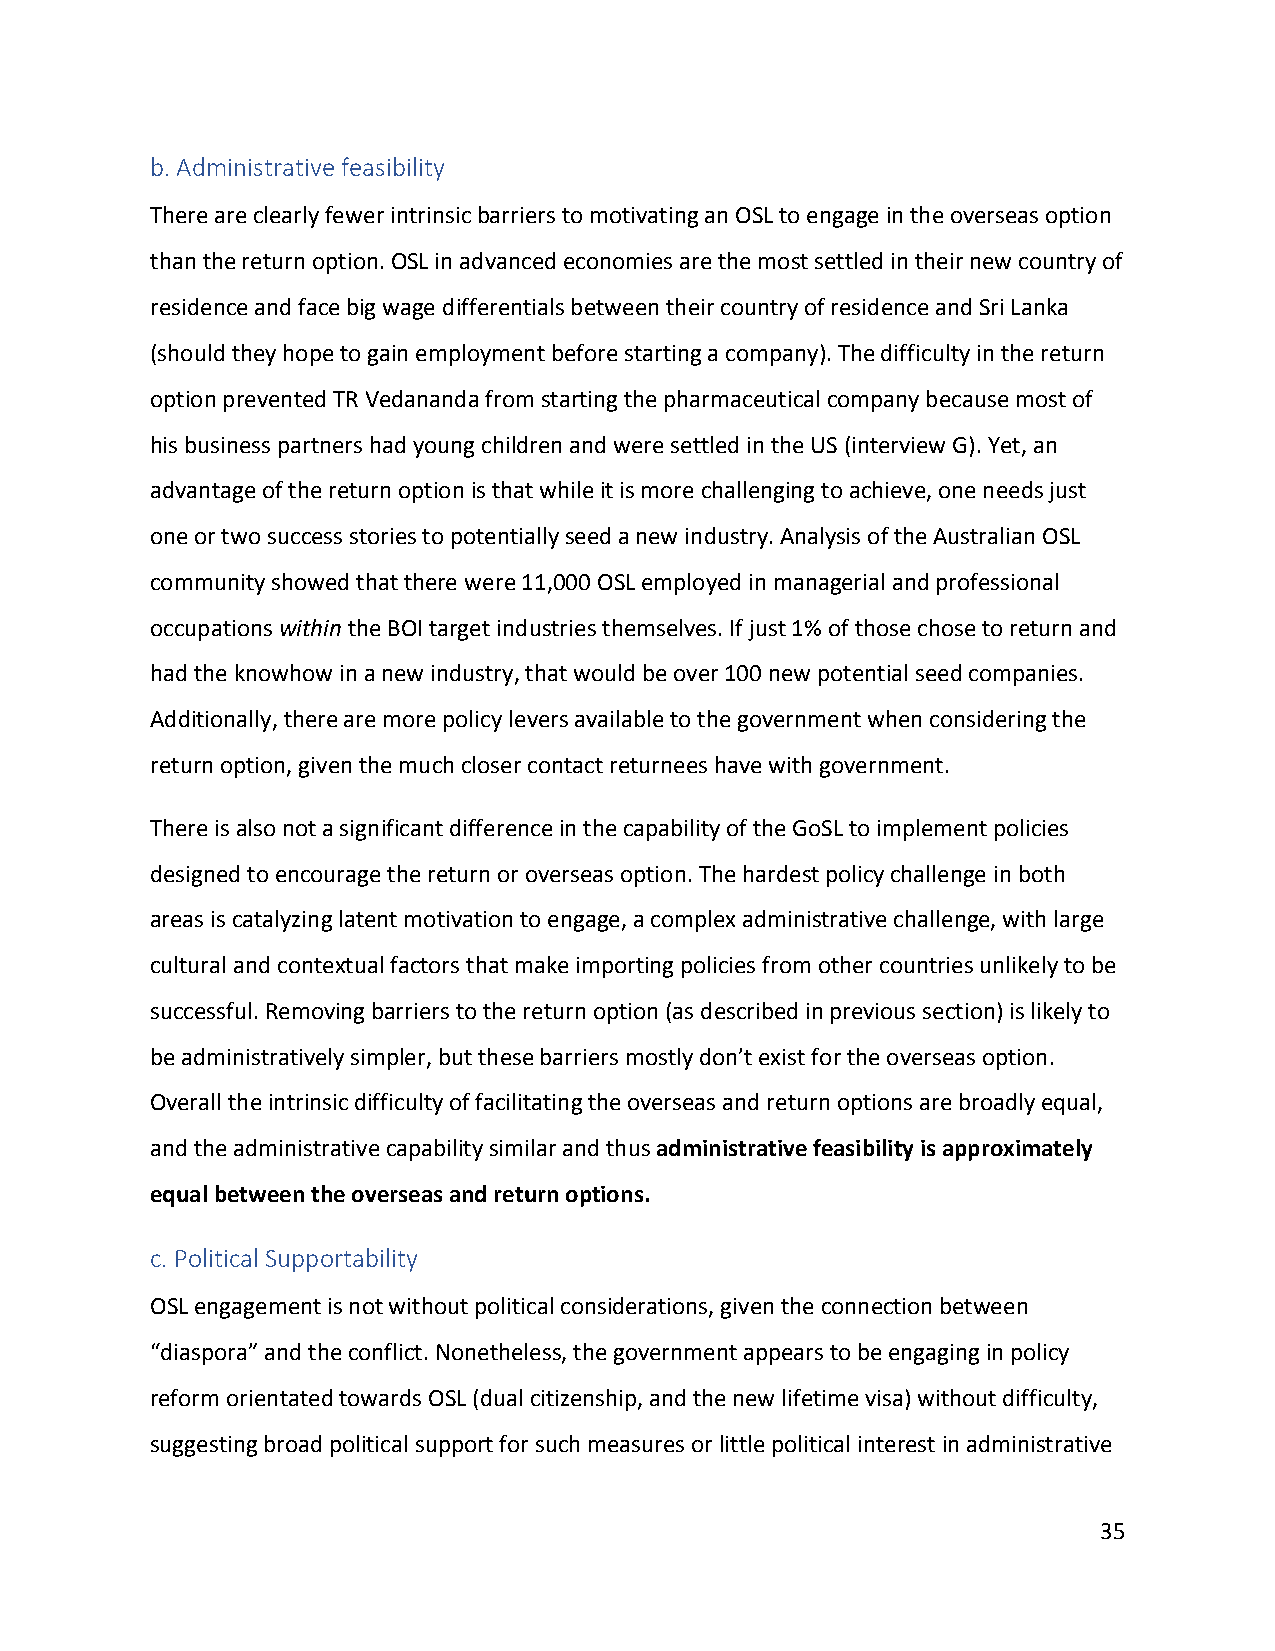
b. Administrative feasibility
 There are clearly fewer intrinsic barriers to motivating an OSL to engage in the overseas option
 than the return option. OSL in advanced economies are the most settled in their new country of
 residence and face big wage differentials between their country of residence and Sri Lanka
 (should they hope to gain employment before starting a company). The difficulty in the return
 option prevented TR Vedananda from starting the pharmaceutical company because most of
 his business partners had young children and were settled in the US (interview G). Yet, an
 advantage of the return option is that while it is more challenging to achieve, one needs just
 one or two success stories to potentially seed a new industry. Analysis of the Australian OSL
 community showed that there were 11,000 OSL employed in managerial and professional
 occupations within the BOI target industries themselves. If just 1% of those chose to return and
 had the knowhow in a new industry, that would be over 100 new potential seed companies.
 Additionally, there are more policy levers available to the government when considering the
 return option, given the much closer contact returnees have with government.
 There is also not a significant difference in the capability of the GoSL to implement policies
 designed to encourage the return or overseas option. The hardest policy challenge in both
 areas is catalyzing latent motivation to engage, a complex administrative challenge, with large
 cultural and contextual factors that make importing policies from other countries unlikely to be
 successful. Removing barriers to the return option (as described in previous section) is likely to
 be administratively simpler, but these barriers mostly don’t exist for the overseas option.
 Overall the intrinsic difficulty of facilitating the overseas and return options are broadly equal,
 and the administrative capability similar and thus administrative feasibility is approximately
 equal between the overseas and return options.
 c. Political Supportability
 OSL engagement is not without political considerations, given the connection between
 “diaspora” and the conflict. Nonetheless, the government appears to be engaging in policy
 reform orientated towards OSL (dual citizenship, and the new lifetime visa) without difficulty,
 suggesting broad political support for such measures or little political interest in administrative
 35